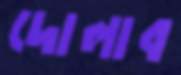
দোলাব